Civil Veterinary Department. Madras. Admin. report 1926-33 - 1926-1933
Year: 1926
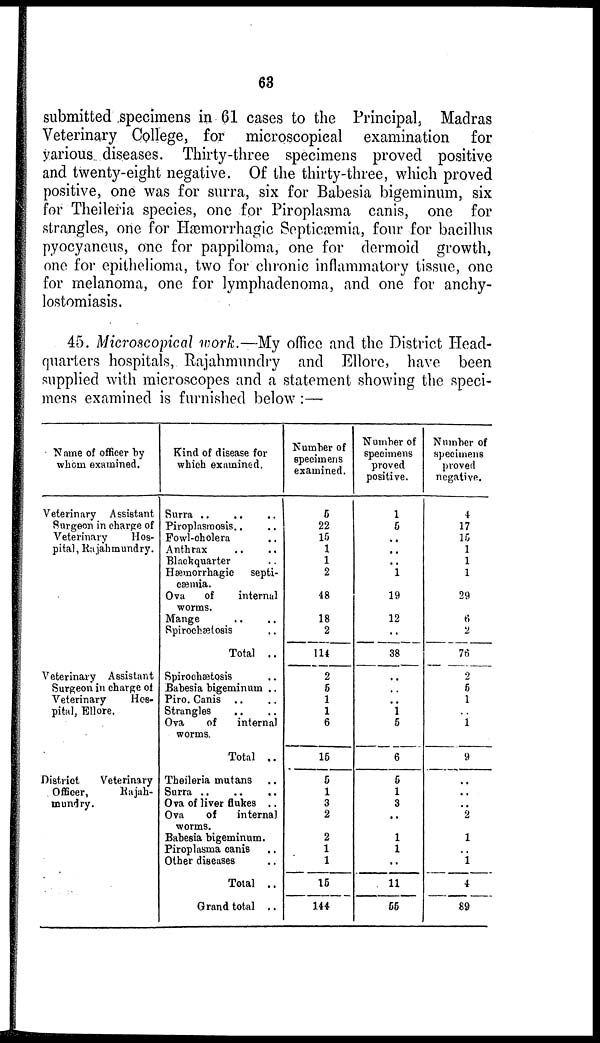
63
submitted specimens in 61 cases to the Principal, Madras
Veterinary College, for microscopical examination for
various diseases. Thirty-three specimens proved positive
and twenty-eight negative. Of the thirty-three, which proved
positive, one was for surra, six for Babesia bigeminum, six
for Theileria species, one for Piroplasma canis, one for
strangles, one for Hæmorrhagic Septicæmia, four for bacillus
pyocyaneus, one for pappiloma, one for dermoid growth,
one for epithelioma, two for chronic inflammatory tissue, one
for melanoma, one for lymphadenoma, and one for anchy-
lostomiasis.
45. Microscopical work.—My office and the District Head-
quarters hospitals, Rajahmundry and Ellore, have been
supplied with microscopes and a statement showing the speci-
mens examined is furnished below:—
Name of officer by
whom examined.
Veterinary Assistant
Surgeon in charge of
Veterinary
Hos-
pital, Rujahmundry.
Veterinary Assistant
Surgeon in charge of
Veterinary
Hos-
pital, Ellore.
District
Veterinary
Officer,
Rajah-
mundry.
Kind of disease for
which examined.
Surra.. .. ..
Piroplasroosis.. ..
Fowl-cholera ..
Anthrax.. ..
Blackquarter ..
Hæmorrhagic
septi-
cæmia.
Ova
of
internal
worms.
Mange
Spirochætosis ..
Total ..
Spirochætosis ..
Babesia bigeminum ..
Piro. Canis .. ..
Strangles
Ova
of
internal
worms.
Total ..
Theileria mutans ..
Surra.. .. ..
Ova of liver flukes ..
Ova
of
internal
worms.
Babesia bigeminum.
Piroplasma canis ..
Other diseases ..
Total ..
Grand total ..
Number of
specimens
examined.
5
22
16
1
1
2
48
18
2
114
2
5
1
1
6
15
5
1
3
2
2
1
1
15
144
Number of
specimens
proved
positive.
1
5
..
..
..
1
19
12
..
38
..
..
..
1
5
6
5
1
3
..
1
1
..
11
55
Number of
specimens
proved
negative.
4
17
16
1
1
1
29
6
2
76
2
5
1
..
1
9
..
..
2
1
..
1
4
89